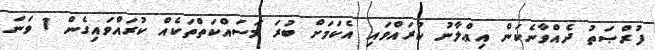
ފުރްޞަތު ދެއްވާނެކަން އިޢްލާނު ކުރައްވައި އެކަމަށް ބުރަ މަސައްކަތްތަކެއް ކުރައްވައިގެން 1 ވަނަ